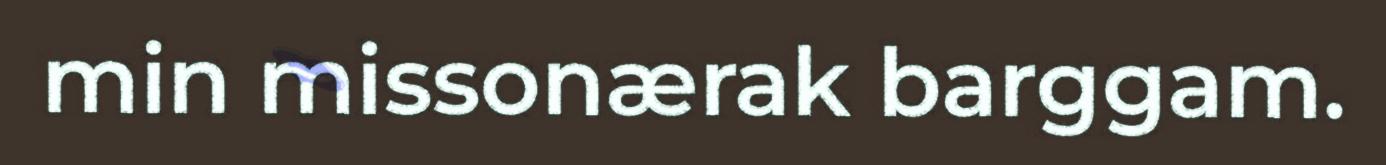
min missonærak barggam.